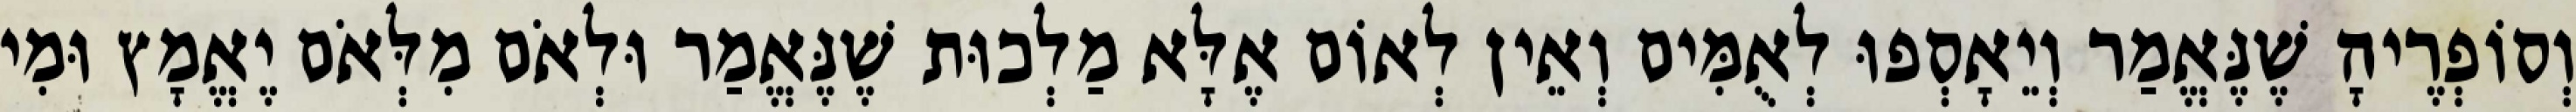
וְסוֹפְרֶיהָ שֶׁנֶּאֱמַר וְיֵאָסְפוּ לְאֻמִּים וְאֵין לְאוֹם אֶלָּא מַלְכוּת שֶׁנֶּאֱמַר וּלְאֹם מִלְּאֹם יֶאֱמָץ וּמִי